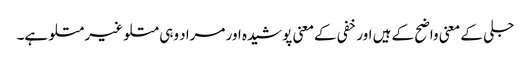
جلی کے معنی واضح کے ہیں اور خفی کےمعنی پوشیدہ اور مراد وہی متلو غیر متلو ہے۔